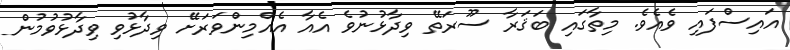
އައިސްފައި ވެއެވެ. މިތާގައި ބަޤަރާ ސޫރަތޭ ވިދާޅުނުވެ އެއާ އެއްމިންވަރަށޭ ވިދާޅުވި ވިދާޅުވުމުން